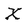
Character: X